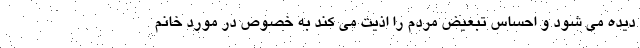
دیده می شود و احساس تبعیض مردم را اذیت می کند به خصوص در مورد خانم